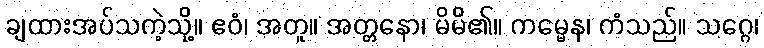
ချထားအပ်သကဲ့သို့။ ဧဝံ၊ အတူ။ အတ္တနော၊ မိမိ၏။ ကမ္မေန၊ ကံသည်။ သဂ္ဂေ၊